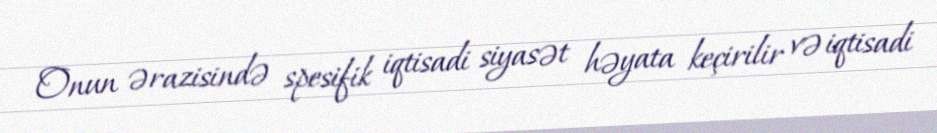
Onun ərazisində spesifik iqtisadi siyasət həyata keçirilir və iqtisadi